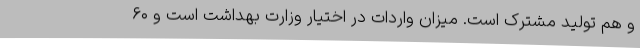
و هم تولید مشترک است. میزان واردات در اختیار وزارت بهداشت است و ۶۰